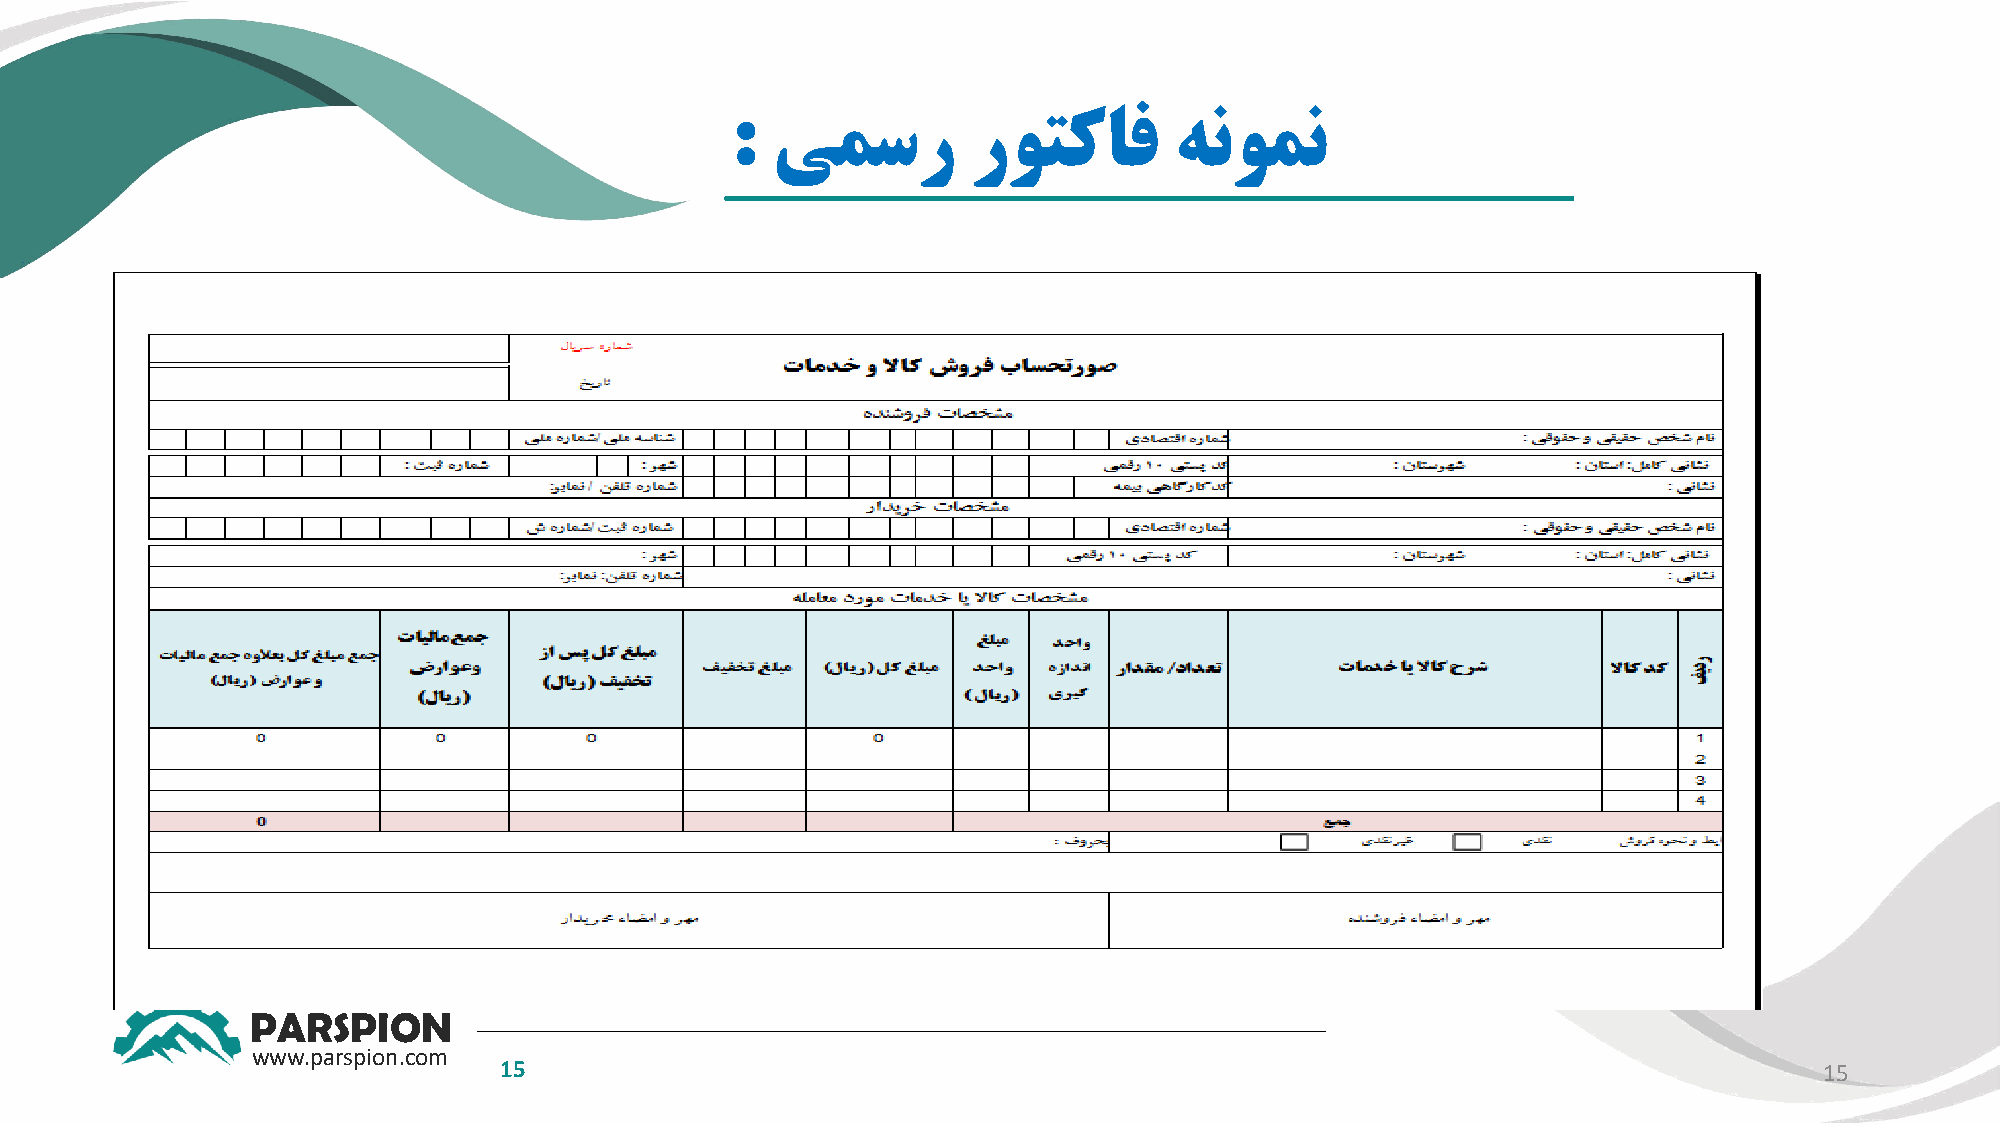
:  یمسر         روتکاف        هنومن
 PARSPION
 www.parspion.com
 15                                                                                      15